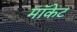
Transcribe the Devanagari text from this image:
मॉकेट